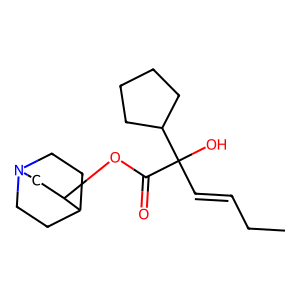
SMILES: CCC=CC(O)(C(=O)OC1CN2CCC1CC2)C1CCCC1
Inhibits HIV replication: No